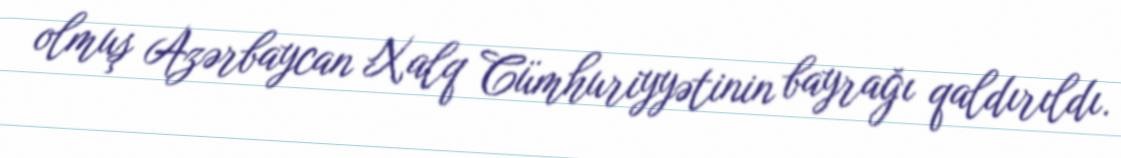
olmuş Azərbaycan Xalq Cümhuriyyətinin bayrağı qaldırıldı.